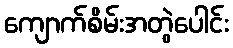
ကျောက်စိမ်းအတွဲပေါင်း